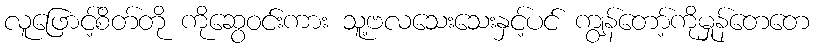
လူဖြောင့်စိတ်တို ကိုဆွေဝင်းကား သူ့ဗလသေးသေးနှင့်ပင် ကျွန်တော့်ကိုမှုန်တေတေ